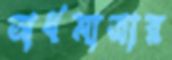
অর্ধমাত্রার